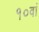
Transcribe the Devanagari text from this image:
१०वां